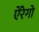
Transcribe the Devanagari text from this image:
ऐंरेगो